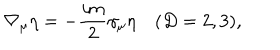
LaTeX: \nabla _ { \mu } \eta = - \frac { i m } { 2 } \gamma _ { \mu } \eta \quad ( D = 2 , 3 ) ,